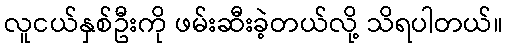
လူငယ်နှစ်ဦးကို ဖမ်းဆီးခဲ့တယ်လို့ သိရပါတယ်။